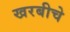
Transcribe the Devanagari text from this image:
खरबीचे